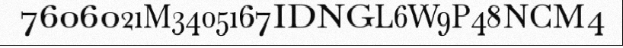
7606021M3405167IDNGL6W9P48NCM4